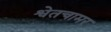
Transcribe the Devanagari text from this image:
श्वेतचामर